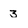
Character: 3